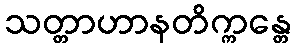
သတ္တာဟာနတိက္ကန္တေ